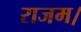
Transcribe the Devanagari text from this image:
राजम।